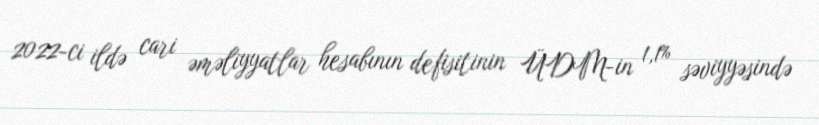
2022-ci ildə cari əməliyyatlar hesabının defisitinin ÜDM-in 1,1% səviyyəsində